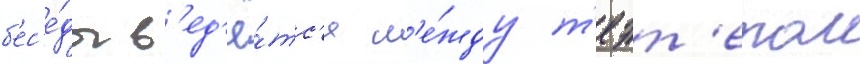
б'ес'е́ды в'ед'ё́тс'я м'е́жду т'еэт'етом